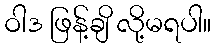
ဝါဒ ဖြန့်ချိ လို့မရပါ။